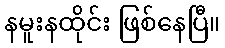
နမူးနထိုင်း ဖြစ်နေပြီ။